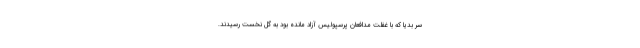
سر بدیا که با غفلت مدافعان پرسپولیس آزاد مانده بود به گل نخست رسیدند.